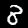
Digit: 8